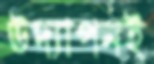
উদ্যাপনই